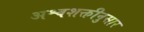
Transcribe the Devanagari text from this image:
अश्वशक्तीनुसार